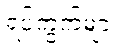
ရပ်ကွက်များ